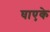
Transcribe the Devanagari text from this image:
घाएके